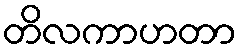
တိလကာဟတာ